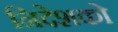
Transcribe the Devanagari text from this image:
निदेशको